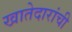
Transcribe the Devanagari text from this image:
खातेदारांची